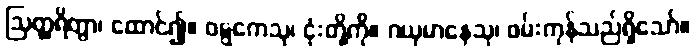
ဩတ္ထရိတွာ၊ ထောင်၍။ ဝဋ္ဋကေသု၊ ငုံးတို့ကို။ ဂယှမာနေသု၊ ဖမ်းကုန်သည်ရှိသော်။